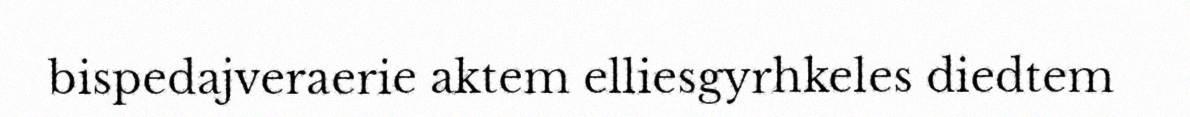
bispedajveraerie aktem elliesgyrhkeles diedtem